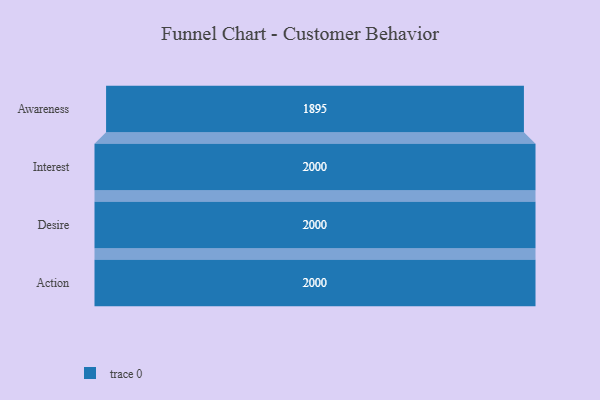
{"axis": {"x": "Stage", "y": "Value"}, "legend": [""], "data": [{"x": "Awareness", "y": 1895.0, "type": ""}, {"x": "Interest", "y": 2000, "type": ""}, {"x": "Desire", "y": 2000, "type": ""}, {"x": "Action", "y": 2000, "type": ""}]}